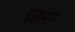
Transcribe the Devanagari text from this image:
ज़िबह